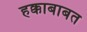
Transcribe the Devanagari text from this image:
हक्काबाबत